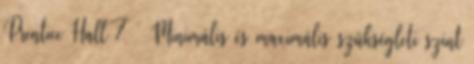
Prentice Hall 7  Minimális és maximális szükségleti szint